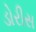
ડોરીસ